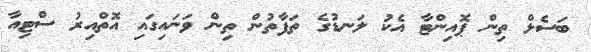
ބަސެލް ތިން ޕޮއިންޓާ އެކު ލަނޑުގެ ތަފާތުން ތިން ވަނައިގައި އޮތްއިރު ސްޓިއާ